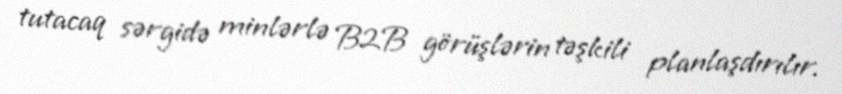
tutacaq sərgidə minlərlə B2B görüşlərin təşkili planlaşdırılır.